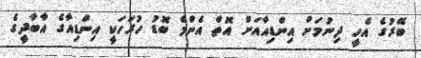
ބޭރުގެ އެހީ ދިނުމަށް އިންޑިއާއަށް އޮތް އެންމެ ބޮޑު ހުރަހަކީ އިންޑިއާގެ އާބާދީގެ